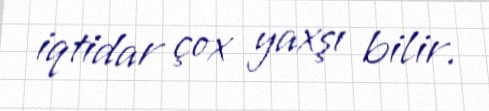
iqtidar çox yaxşı bilir.